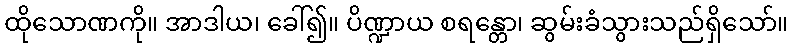
ထိုသောဏကို။ အာဒါယ၊ ခေါ်၍။ ပိဏ္ဍာယ စရန္တော၊ ဆွမ်းခံသွားသည်ရှိသော်။